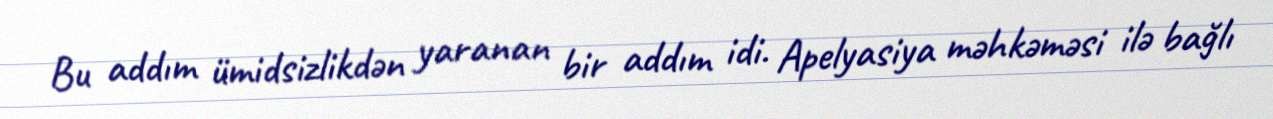
Bu addım ümidsizlikdən yaranan bir addım idi. Apelyasiya məhkəməsi ilə bağlı